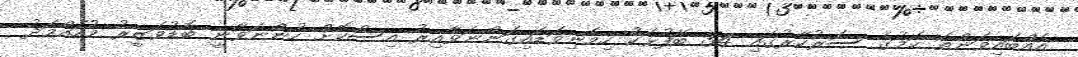
އެއްބައިވަންތަ ކަމުގެ ސަރުކާރުގައި 34 ބޭފުޅަކު ހިމެނިވަޑައިގަންނަވާއިރު އިސްކޮށް ހުންނަވާނީ ބޮޑުވަޒީރު މުހައްމަދު